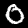
Digit: 0